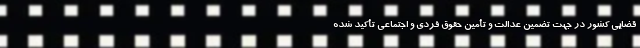
قضایی کشور در جهت تضمین عدالت و تأمین حقوق فردی و اجتماعی تأکید شده